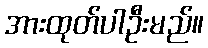
အားထုတ်ပါဦးမည်။